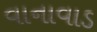
વાનાવાડ